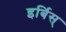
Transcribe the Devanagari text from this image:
इर्बिस्